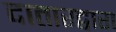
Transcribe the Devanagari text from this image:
दातारद्वारा